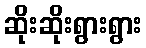
ဆိုးဆိုးရွားရွား